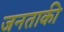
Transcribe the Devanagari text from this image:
जनताकी